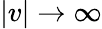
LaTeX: |v|\rightarrow\infty